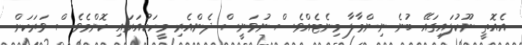
އެއޮތީ ނޫކުލައިގައޭ ބުނެ ނިންމާލާ މިނެޓެއްވެސް ނުވަނީސް ދެންއެރި މީހަކުއަރައި ކޮންމެވެސް ވަރަކަށް